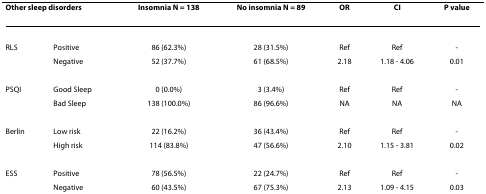
| <COLSPAN=2> Other sleep disorders | Insomnia N = 138 | No insomnia N = 89 | OR | CI | P value |
 | --- | --- | --- | --- | --- | --- | --- |
 | RLS | Positive | 86 (62.3%) | 28 (31.5%) | Ref | Ref | - |
 |  | Negative | 52 (37.7%) | 61 (68.5%) | 2.18 | 1.18 - 4.06 | 0.01 |
 | PSQI | Good Sleep | 0 (0.0%) | 3 (3.4%) | Ref | Ref | - |
 |  | Bad Sleep | 138 (100.0%) | 86 (96.6%) | NA | NA | NA |
 | Berlin | Low risk | 22 (16.2%) | 36 (43.4%) | Ref | Ref | - |
 |  | High risk | 114 (83.8%) | 47 (56.6%) | 2.10 | 1.15 - 3.81 | 0.02 |
 | ESS | Positive | 78 (56.5%) | 22 (24.7%) | Ref | Ref | - |
 |  | Negative | 60 (43.5%) | 67 (75.3%) | 2.13 | 1.09 - 4.15 | 0.03 |